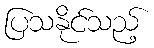
ပြသနိုင်သည့်